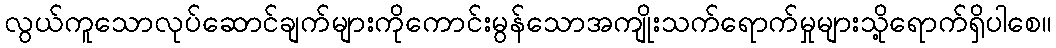
လွယ်ကူသောလုပ်ဆောင်ချက်များကိုကောင်းမွန်သောအကျိုးသက်ရောက်မှုများသို့ရောက်ရှိပါစေ။